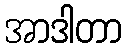
အာဒါတာ